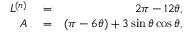
\begin{array} { r l r } { L ^ { ( n ) } } & { { } = } & { 2 \pi - 1 2 \theta , } \\ { A } & { { } = } & { ( \pi - 6 \theta ) + 3 \sin \theta \cos \theta , } \end{array}